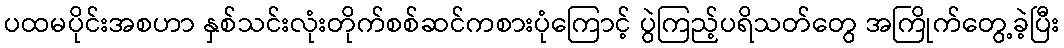
ပထမပိုင်းအစဟာ နှစ်သင်းလုံးတိုက်စစ်ဆင်ကစားပုံကြောင့် ပွဲကြည့်ပရိသတ်တွေ အကြိုက်တွေ့ခဲ့ပြီး